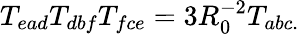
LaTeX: T_{ead}T_{dbf}T_{fce}=3R_{0}^{-2}T_{abc.}